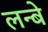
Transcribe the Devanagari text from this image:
लन्बे